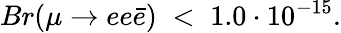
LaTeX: Br(\mu\rightarrow ee\bar{e})\; <\; 1.0\cdot 10^{-15}.